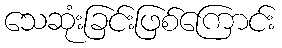
သေဆုံးခြင်းဖြစ်ကြောင်း